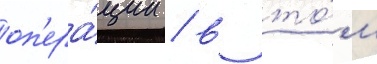
оп'ера́ции / в то́м